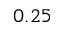
0 . 2 5